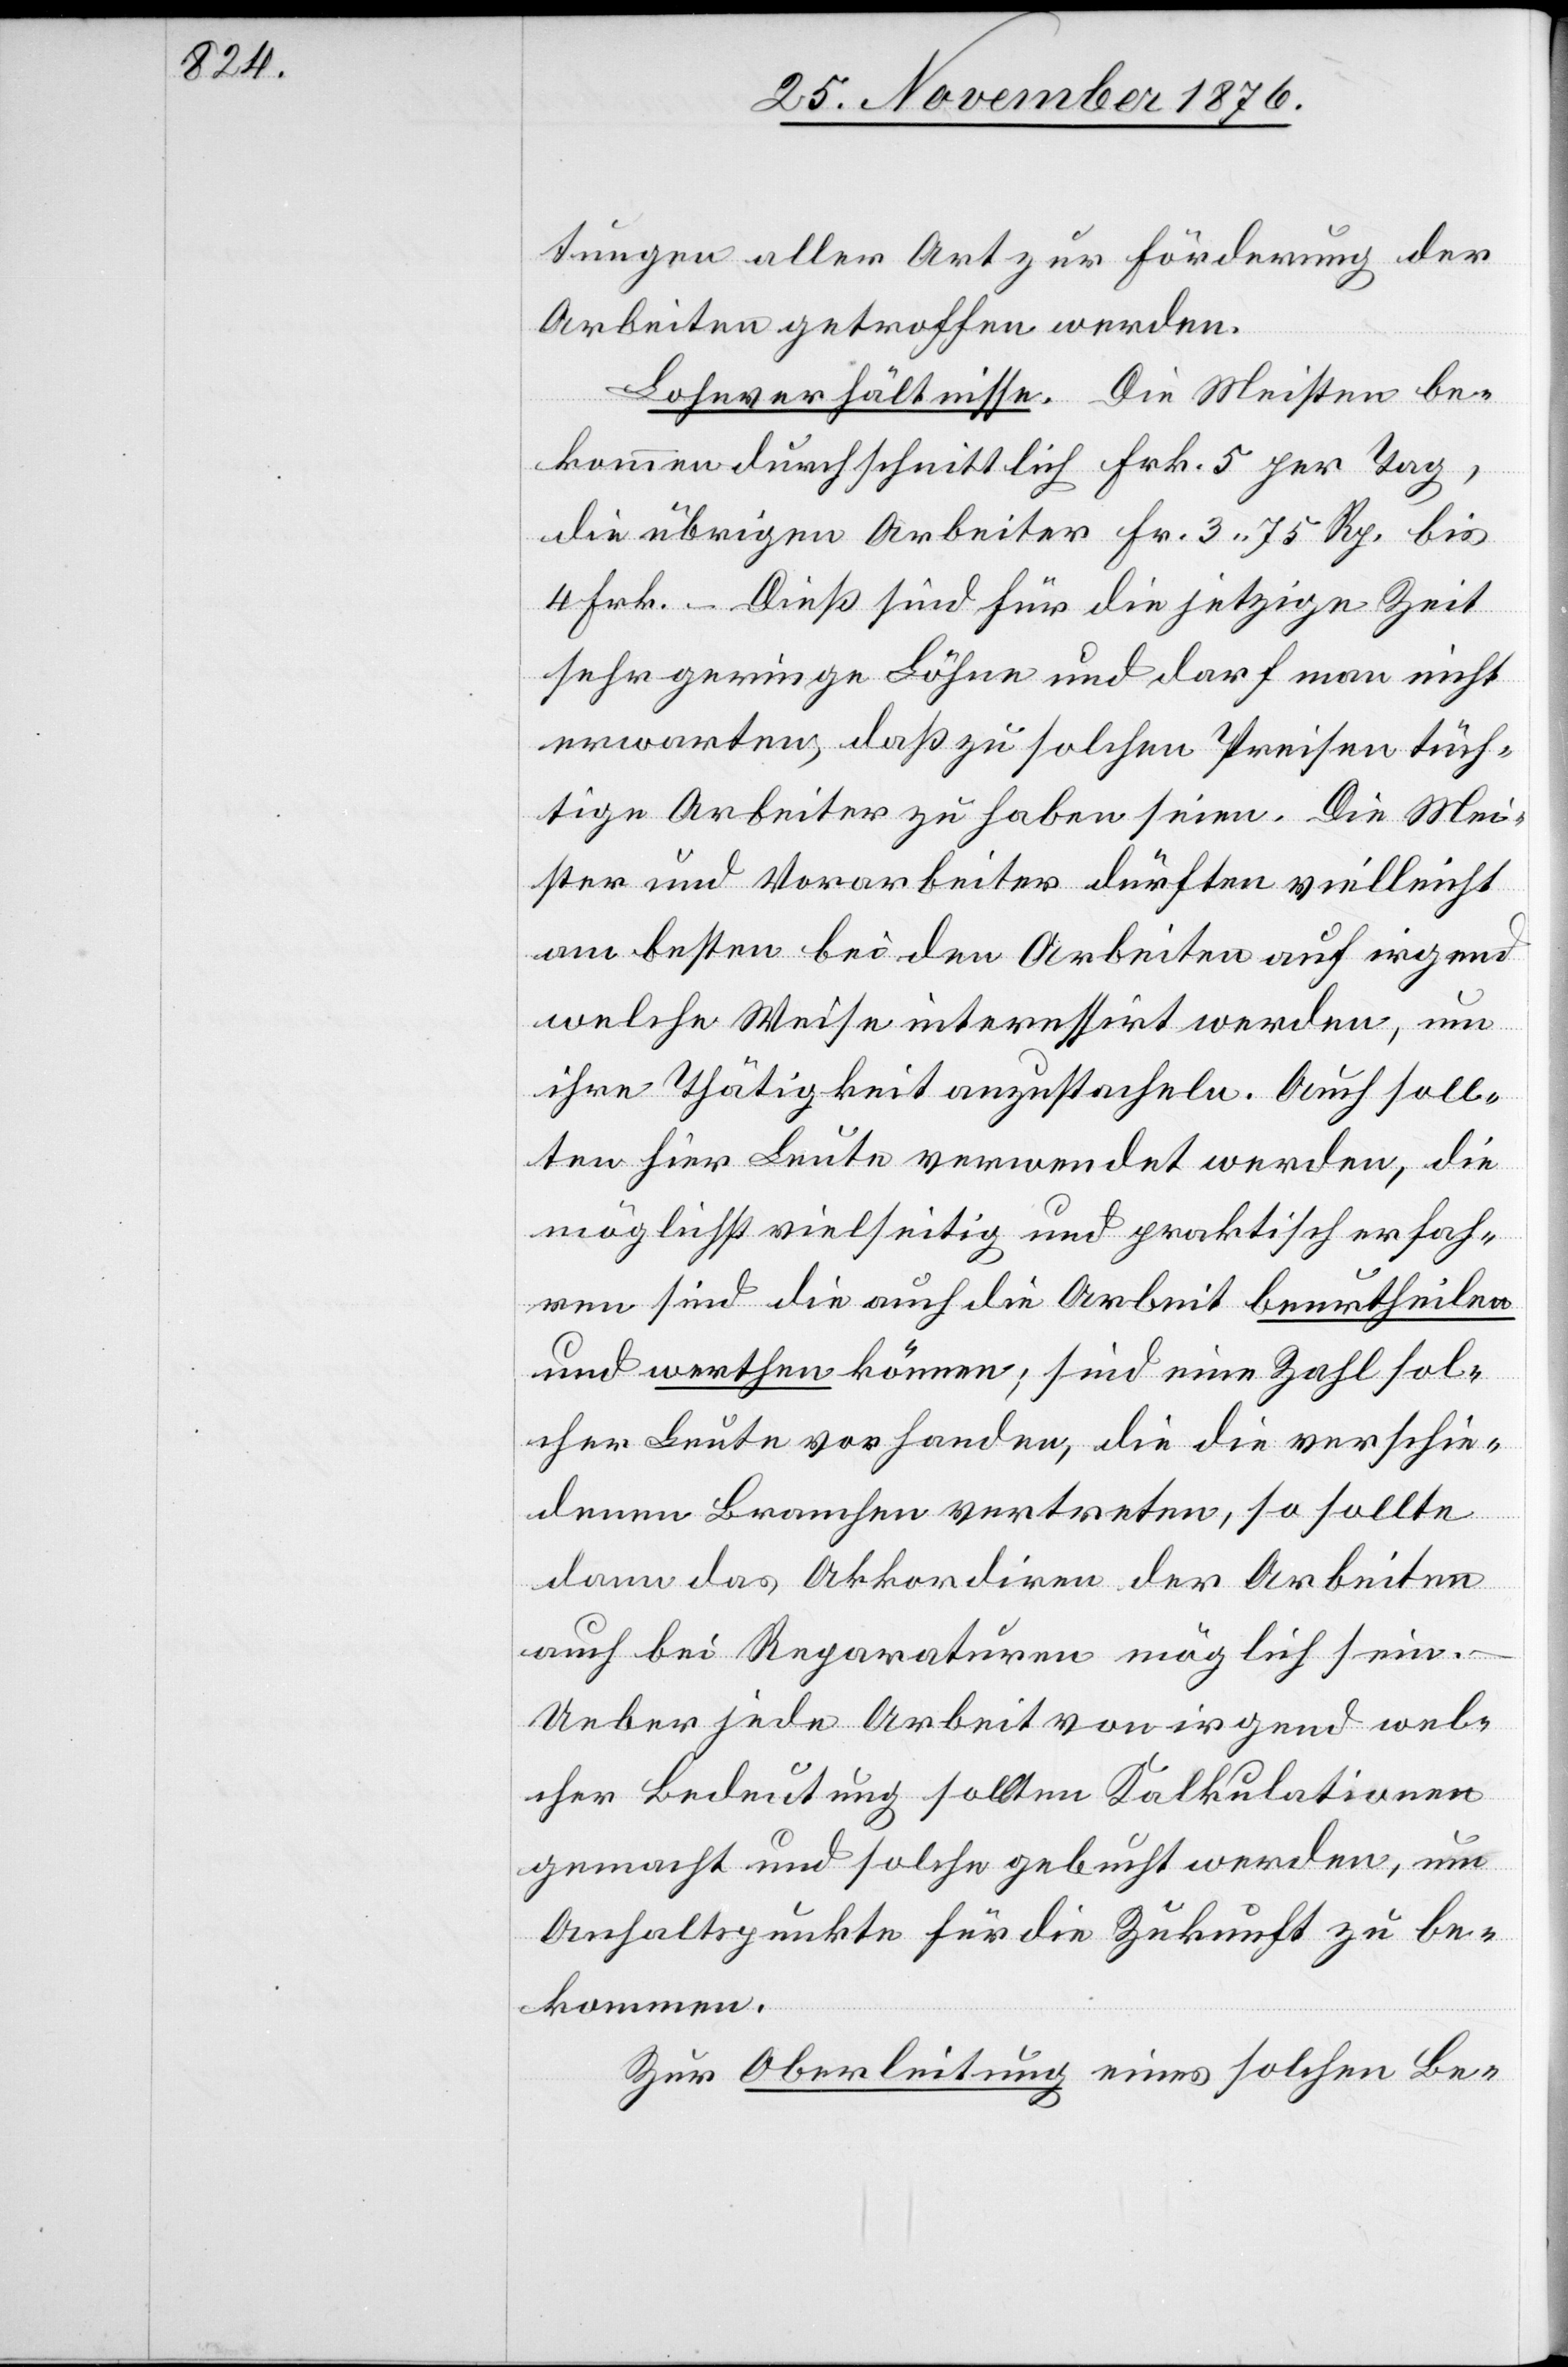
tungen aller Art zur Förderung der
Arbeiten getroffen werden.
Lohnverhältnisse. Die Meisten be¬
kommen durchschnittlich Frk. 5 per Tag,
die übrigen Arbeiter Fr. 3 75 Rp. bis
4 Frk. – Dieß sind für die jetzige Zeit
sehr geringe Löhne und darf man nicht
erwarten, daß zu solchen Preisen tüch¬
tige Arbeiter zu haben seien. Die Mei¬
ster und Vorarbeiter dürften vielleicht
am besten bei den Arbeiten auf irgend
welche Weise interessirt werden, um
ihre Thätigkeit anzustacheln Auch soll¬
ten hier Leute verwendet werden, die
möglichst vielseitig und praktisch erfah¬
ren sind die auch die Arbeit beurtheilen
und werthen können; sind eine Zahl sol¬
cher Leute vorhanden, die die verschie¬
denen Branchen vertreten, so sollte
dann das Akkordiren der Arbeiten
auch bei Reparaturen möglich sein.
Ueber jede Arbeit von irgend wel¬
cher Bedeutung sollten Kalkulationen
gemacht und solche gebucht werden, um
Anhaltspunkte für die Zukunft zu be¬
kommen.
Zur Oberleitung eines solche Be-